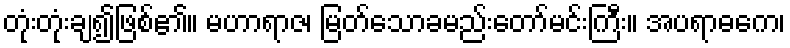
တုံးတုံးချ၍ဖြစ်၏။ မဟာရာဇ၊ မြတ်သောခမည်းတော်မင်းကြီး။ အပရာဓကေ၊